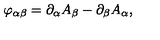
\varphi _ { \alpha \beta } = \partial _ { \alpha } A _ { \beta } - \partial _ { \beta } A _ { \alpha } ,